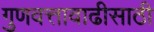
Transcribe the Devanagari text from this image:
गुणवत्तावाढीसाठी